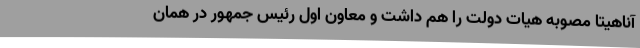
آناهیتا مصوبه هیات دولت را هم داشت و معاون اول رئیس جمهور در همان